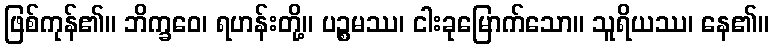
ဖြစ်ကုန်၏။ ဘိက္ခဝေ၊ ရဟန်းတို့။ ပဉ္စမဿ၊ ငါးခုမြောက်သော။ သူရိယဿ၊ နေ၏။